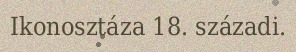
Ikonosztáza 18. századi.